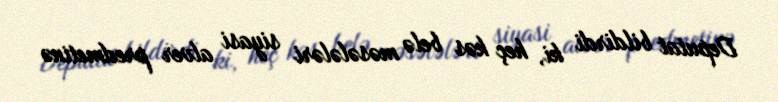
Deputat bildirdi ki, heç kəs belə məsələləri siyasi alver predmetinə